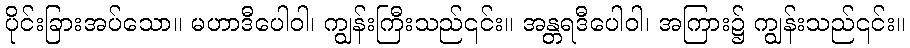
ပိုင်းခြားအပ်သော။ မဟာဒီပေါဝါ၊ ကျွန်းကြီးသည်၎င်း။ အန္တရဒီပေါဝါ၊ အကြား၌ ကျွန်းသည်၎င်း။